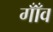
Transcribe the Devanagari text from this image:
गाँँव